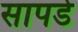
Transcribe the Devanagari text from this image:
सापडे